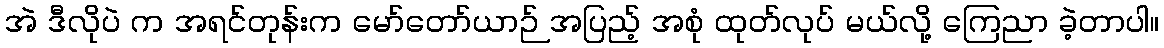
အဲ ဒီလိုပဲ က အရင်တုန်းက မော်တော်ယာဉ် အပြည့် အစုံ ထုတ်လုပ် မယ်လို့ ကြေညာ ခဲ့တာပါ။